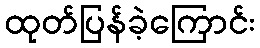
ထုတ်ပြန်ခဲ့ကြောင်း